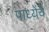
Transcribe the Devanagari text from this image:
पाध्येंचे